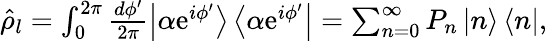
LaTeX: \begin{array}{r}{\hat{\rho}_{l}=\int_{0}^{2\pi}\frac{d\phi^{\prime}}{2\pi}\left|\alpha\mathrm{e}^{i\phi^{\prime}}\right>\left<\alpha\mathrm{e}^{i\phi^{\prime}}\right|=\sum_{n=0}^{\infty}P_{n}\left|n\right>\left<n\right|,}\end{array}